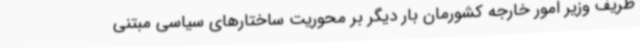
ظریف وزیر امور خارجه کشورمان بار دیگر بر محوریت ساختارهای سیاسی مبتنی